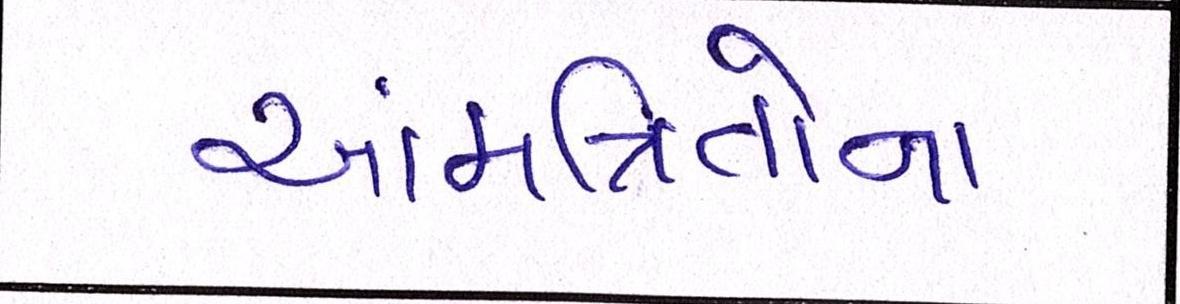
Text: આમંત્રિતોના